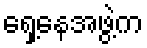
ရှေ့နေအဖွဲ့က